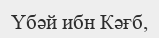
Үбәй ибн Кәғб,